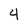
Character: 4